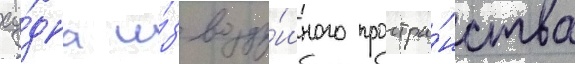
су́дна и́з возду́шного простра́нства